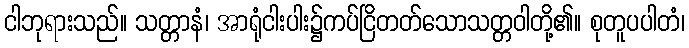
ငါဘုရားသည်။ သတ္တာနံ၊ အာရုံငါးပါး၌ကပ်ငြိတတ်သောသတ္တဝါတို့၏။ စုတူပပါတံ၊